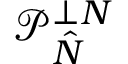
\angles { \mathcal { P } } _ { \hat { N } } ^ { \perp N }